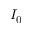
I _ { 0 }